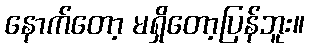
နောက်တော့ မရှိတော့ပြန်ဘူး။